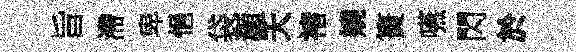
旨滯卑悒袋灝夭褚嬈簣嚥閃於